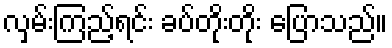
လှမ်းကြည့်ရင်း ခပ်တိုးတိုး ပြောသည်။